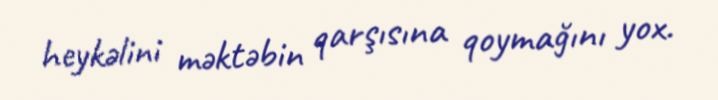
heykəlini məktəbin qarşısına qoymağını yox.